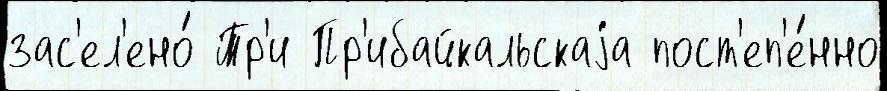
зас'ел'ено́ Тр'и Пр'ибайкальскаjа пост'еп'е́нно